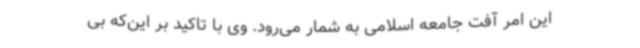
این امر آفت جامعه اسلامی به شمار می‌رود. وی با تاکید بر این‌که بی